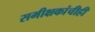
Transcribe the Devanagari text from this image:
समीक्षकांचीही